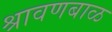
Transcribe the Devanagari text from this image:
श्रावणबाळ